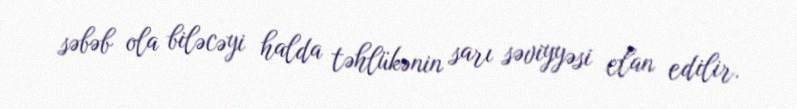
səbəb ola biləcəyi halda təhlükənin sarı səviyyəsi elan edilir.